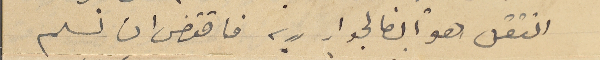
انتقل هو ايضا لجوار ربه فاقتضى ان نسلم